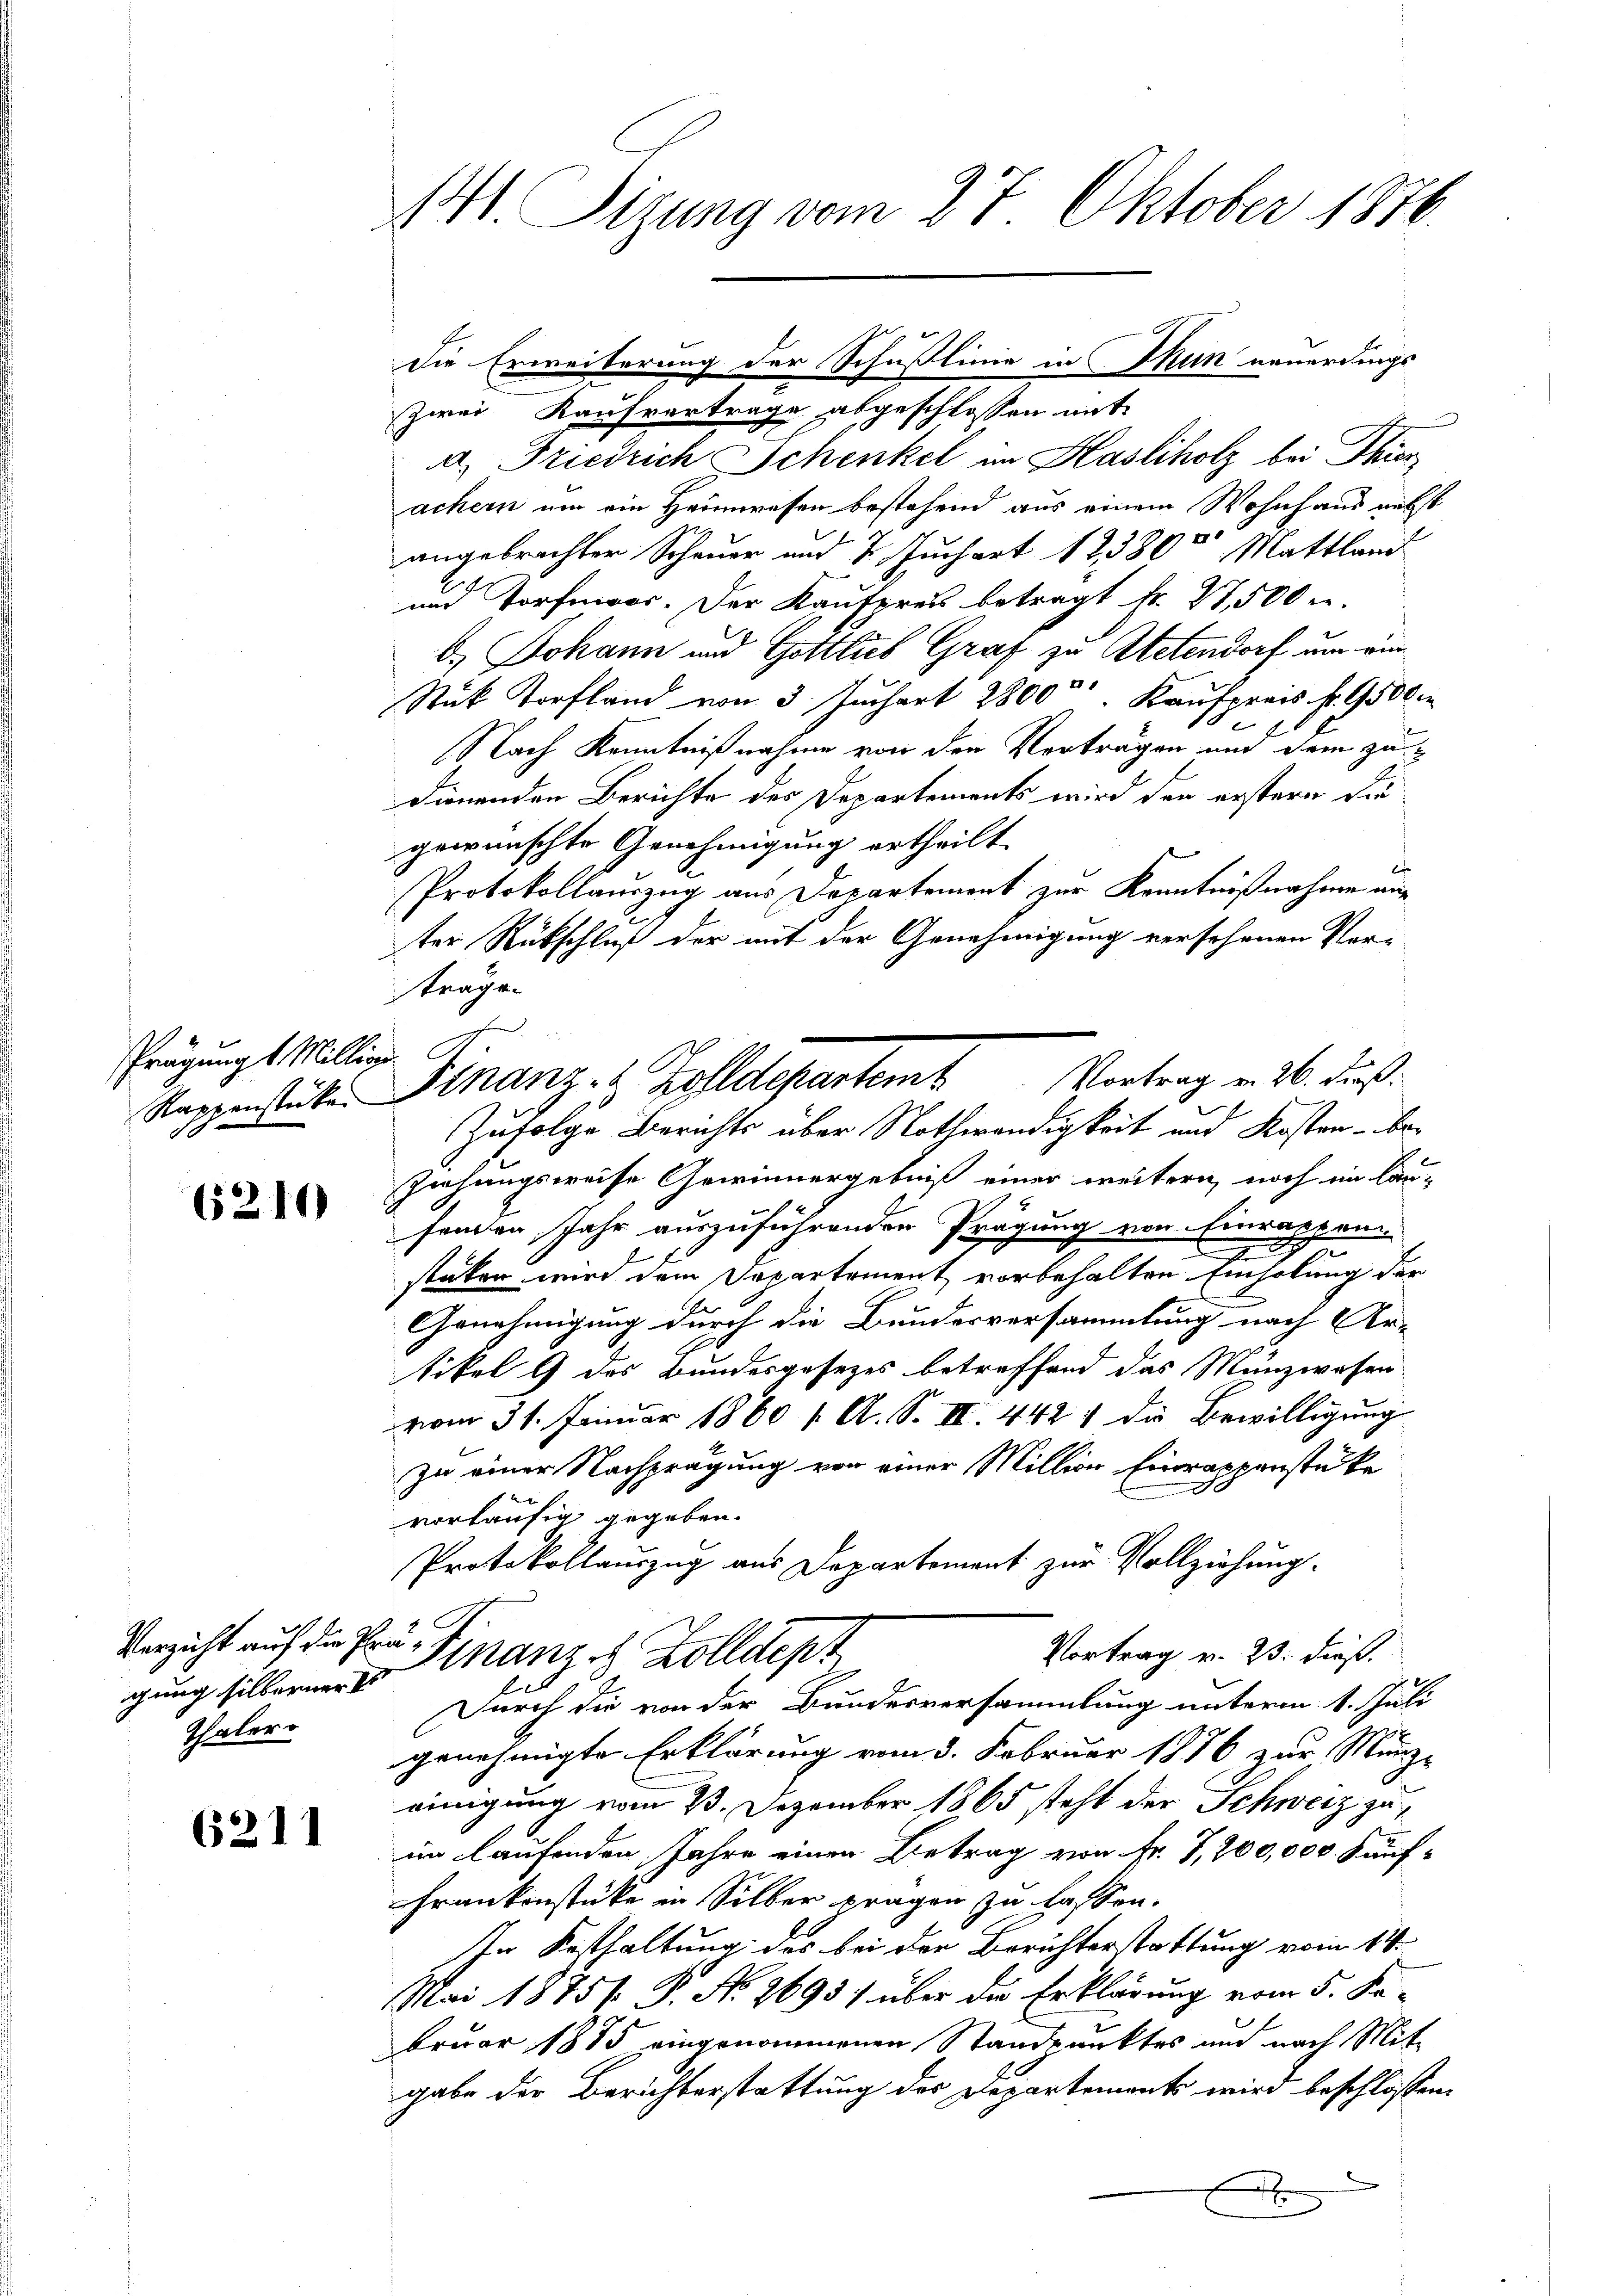
Prägung 1 Millige

6210

Verzicht auf die Prägung silberner d
Vatern

6211

141. Sizung vom 27. Oktober 1876.

zwei Kaufvertrage abgeschlossen mit
a. Friedrich Schenkel im Hasliholz bei Thier
achern um ein Heimwesen bestehend aus einem Wohnhaus nebst
angebrachter Schauer und 7 Juchart 12,380 Mattlan
und Torfmor. Der Kaufpreis betragt Fr. 27,500 r.
b. Johann und Gottlieb Graf zu Atetendorf um ein
Stück Torfland von 3 Juchart 2800 Kaufpreis fr. 9500

Nach Kenntnißnahme von den Verträgen und dem zudienenden Berichte des Departements wird den erstern die
gewünschte Genehmigung ertheilt.
Protokollauszug aus Departement zur Kenntnißnahme an
ter Rückschluß der mit der Genehmigung versehenen Vor-
sträge.
Zufolge Berichts über Nothwendigkeit und Kosten - be¬
Ziehungsweise Gewinnergebniß einer weitern noch im Lau-
fenden Jahr auszuführenden Prägung von Einrappen
g
stüken wird dem Departement vorbehalten Einholung der
Genehmigung durch die Bundesversammlung nach Ar-
tikel 9 des Bundesgesetzes betreffend das Münzwesen
vom 31. Januar 1860 1. A. S. III. 442; die Bewilligung
zu einer Nachprägung von einer Million Einrappenstücke
vorläufig gegeben.
Protokollauszug aus Departement zur Vollziehung.
Vortrag v. 23. dieß.
Finanzes Zolldept
Durch die von der Bundesversammlung unterm 1. Juli
genehmigte Erklärung vom 3. Februar 1876 zur Münz-
einigung vom 23. Dezember 1865 steht der Schweiz zu
im laufenden Jahre einen Betrag von Fr. 7,200,000 Kauf¬
Frankenstücke in Silber fragen zu lassen.
In Festhaltung des bei der Berichterstattung vom 14.
Mai 1875 P. No. 2693) über die Erklärung vom 5. Februar 1815 eingenommenen Standpunktes und nach Mit-
gabe der Berichterstattung des Departement wird beschlossen,
.
f

die Erweiterung der Schußlinie in Mein neuerdings

Sappenstücke Finanz- 2 Zolldepartem Vortrag v. 26. Fuß.